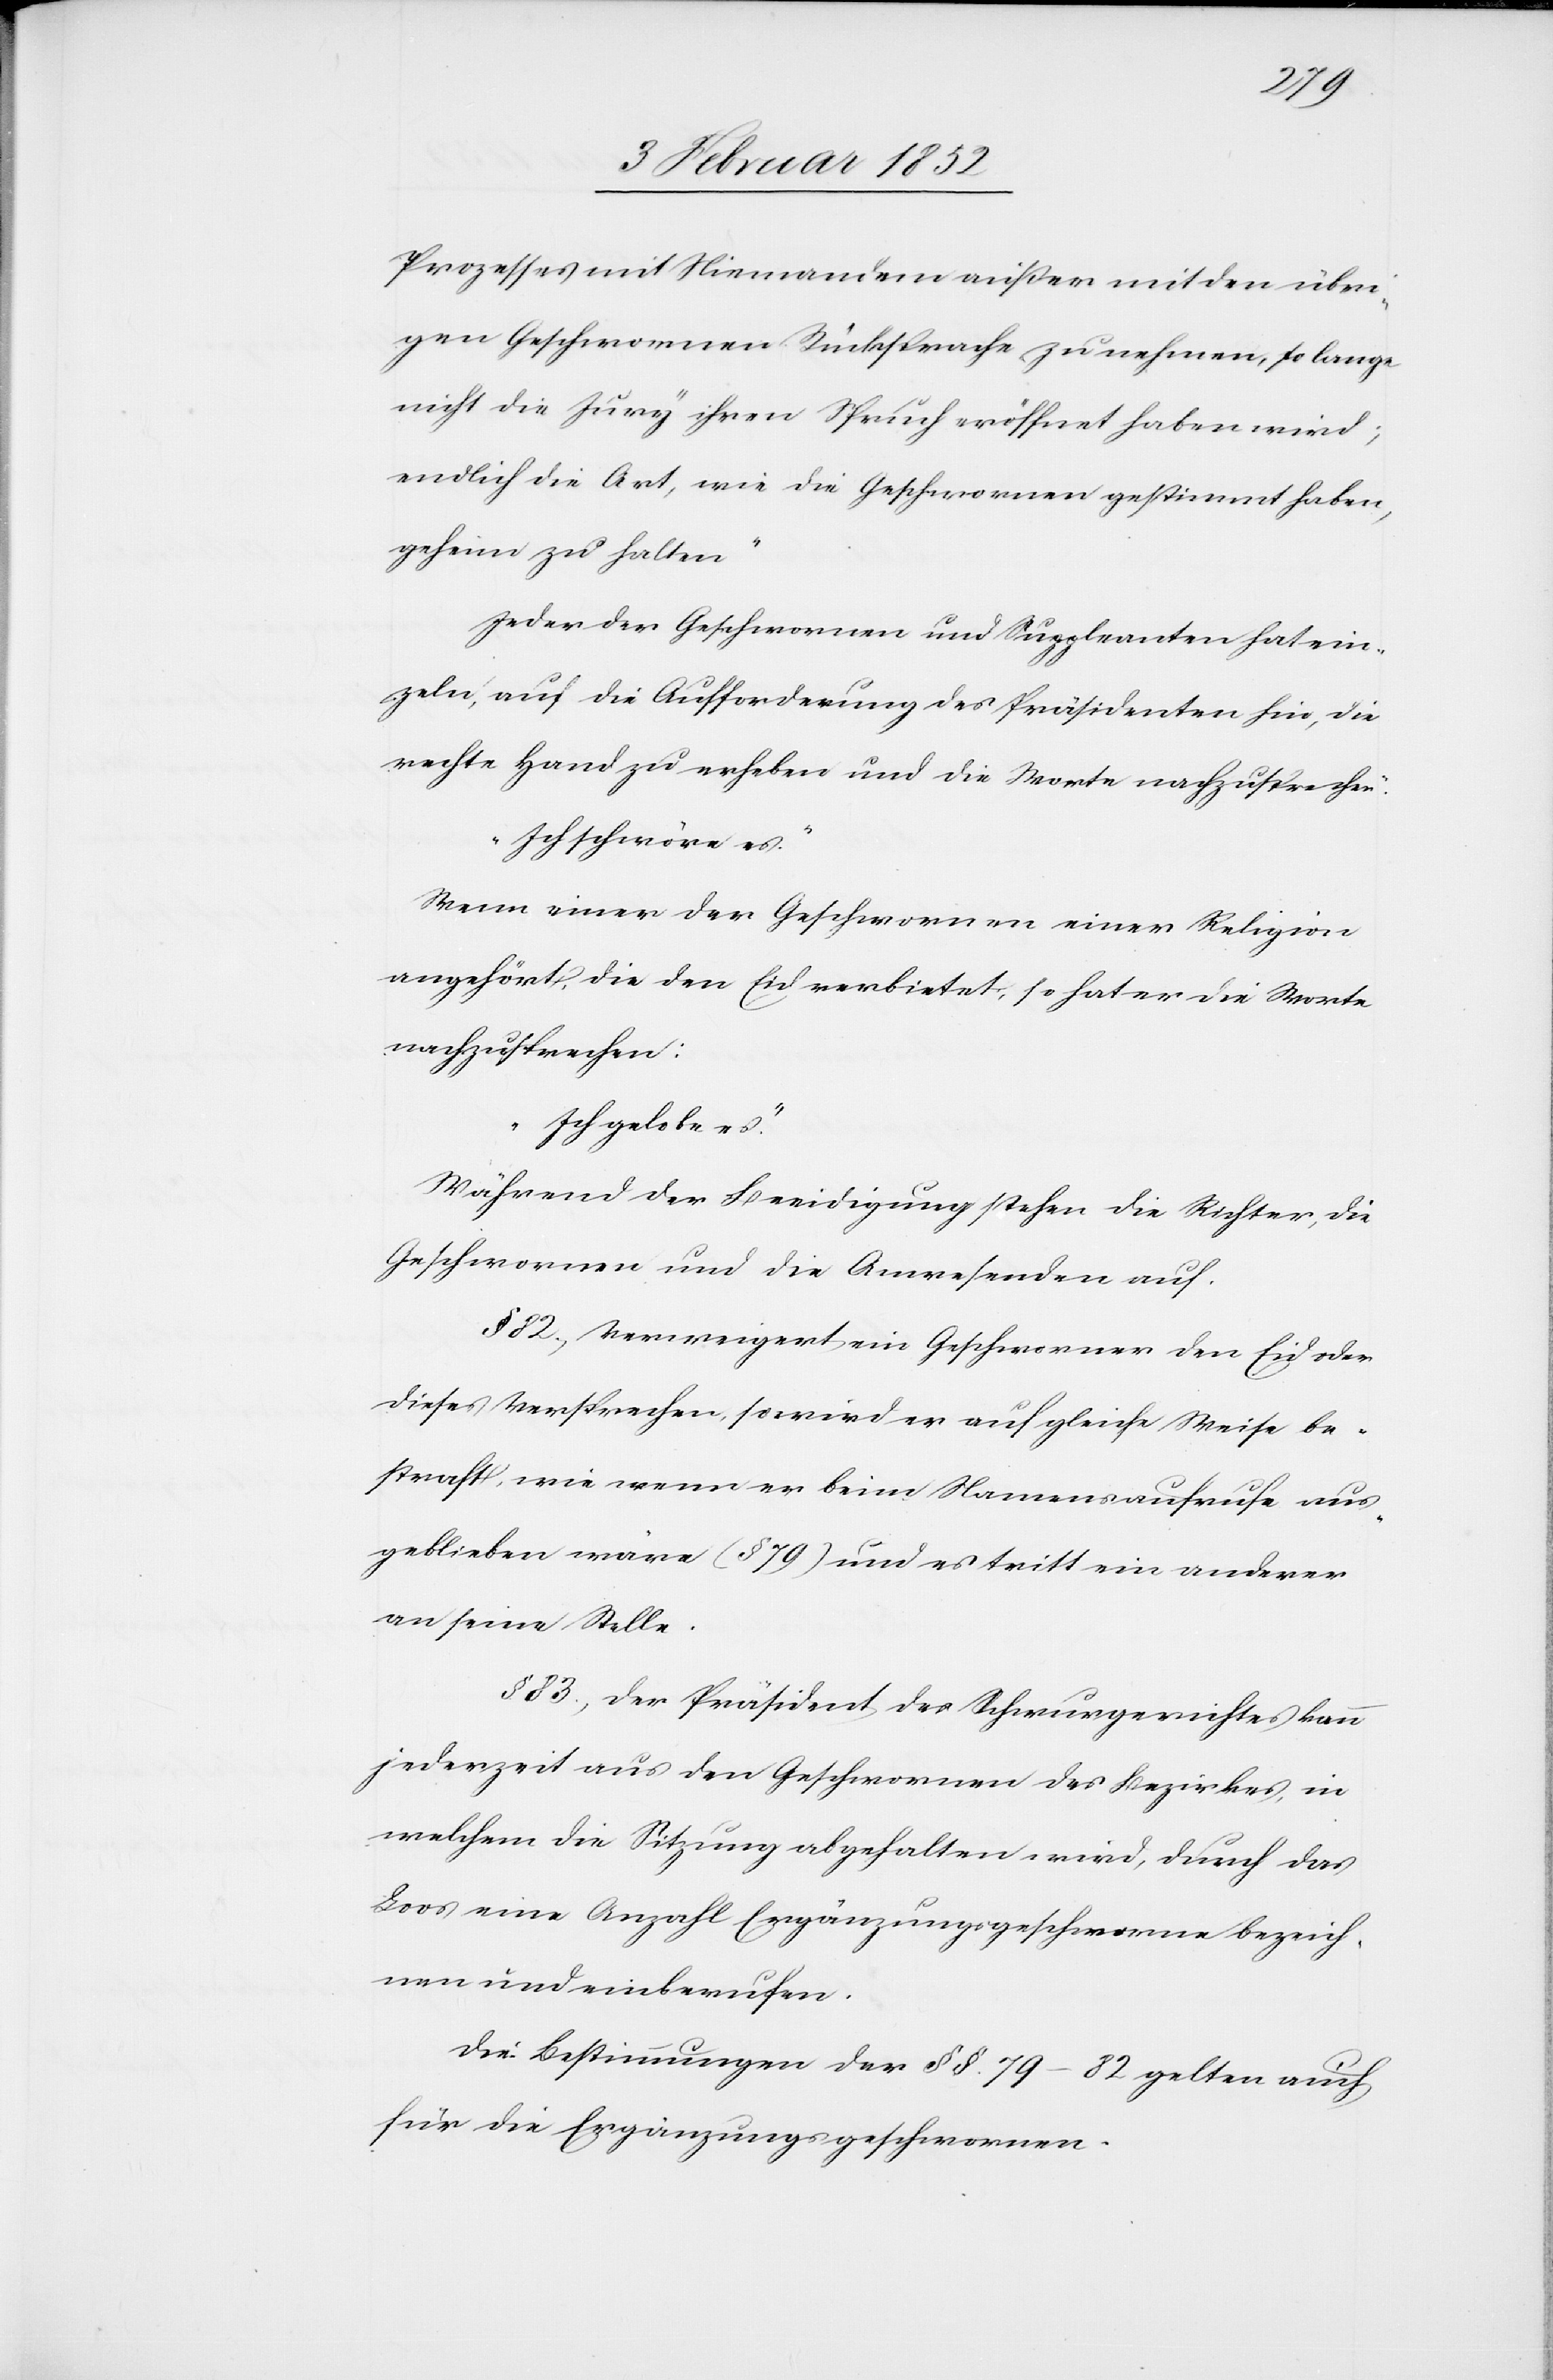
Prozesses mit Niemandem außer mit den übri¬
gen Geschwornen Rücksprache zu nehmen, so lange
nicht die Jury ihren Spruch eröffnet haben wird;
endlich die Art, wie die Geschwornen gestimmt haben,
geheim zu halten.“
Jeder der Geschwornen und Suppleanten hat ein¬
zeln, auf die Aufforderung des Präsidenten hin, die
rechte Hand zu erheben und die Worte nachzusprechen:
„Ich schwöre es.“
Wenn einer der Geschwornen einer Religion
angehört, die den Eid verbietet, so hat er die Worte
nachzusprechen:
„Ich gelobe es.“
Während der Beeidigung stehen die Richter, die
Geschwornen und die Anwesenden auf.
§ 82.) Verweigert ein Geschworner den Eid oder
dieses Versprechen, so wird er auf gleiche Weise be¬
straft, wie wenn er beim Namensaufrufe aus¬
geblieben wäre (§ 79) und es tritt ein anderer
an seine Stelle.
§ 83.) Der Präsident des Schwurgerichtes kann
jederzeit aus den Geschwornen des Bezirkes, in
welchem die Sitzung abgehalten wird, durch das
Loos eine Anzahl Ergänzungsgeschworne bezeich¬
nen und einberufen.
Die Bestimmungen der §§. 79–82 gelten auch
für die Ergänzungsgeschwornen.